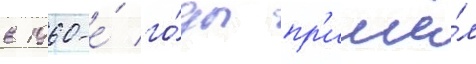
в 1960-е́ го́ды пр'ишё́л